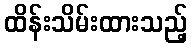
ထိန်းသိမ်းထားသည့်